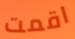
اقمت